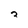
Character: 3